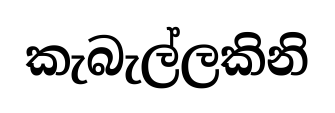
කැබැල්ලකිනි